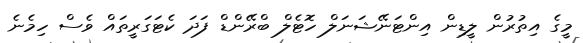
މީގެ އިތުރުން ލީޑިން އިންޓަނޭޝަނަލް ހޮޓެލް ބްރޭންޑް ފަދަ ކެޓަގަރީތައް ވެސް ހިމެނެ